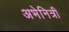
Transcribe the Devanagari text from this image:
अभेनित्री